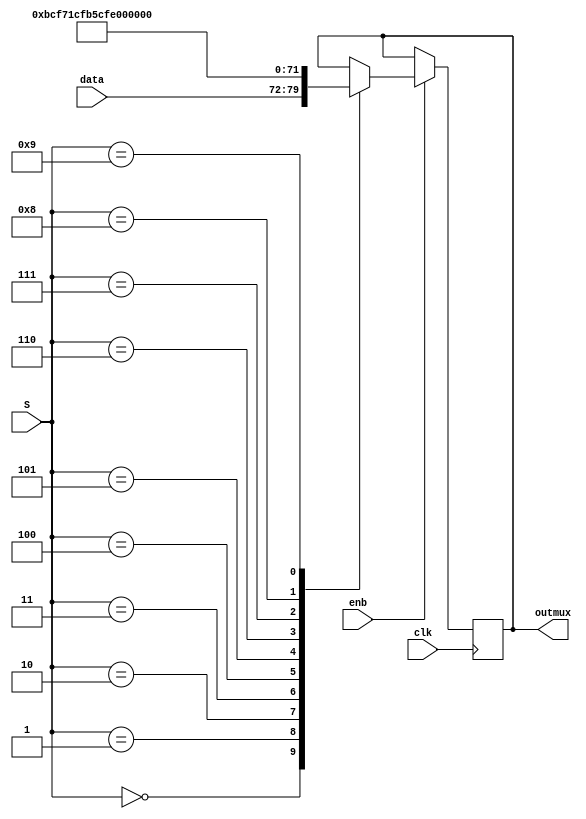
module MuxCtrl(

input clk,
input [7:0] data,
input enb,
input [3:0] S,
output [7:0] outmux

);

reg outmux;

parameter COM = 8'hBC,PAD = 8'hF7,SKP = 8'h1C,STP = 8'hFB, SDP = 8'h5C ;
parameter END = 8'hFD,EDB = 8'hFE,FTS = 8'h3C,IDL = 8'h7C;

always @ (posedge clk)
  begin
    if (enb) begin
      case(S)
        4'b0000 : outmux = data;

        4'b0001 : outmux = COM;

        4'b0010 : outmux = PAD;

        4'b0011 : outmux = SKP;

        4'b0100 : outmux = STP;

        4'b0101 : outmux = SDP;

        4'b0110 : outmux = END;

        4'b0111 : outmux = EDB;

        4'b1000 : outmux = FTS;

        4'b1001 : outmux = IDL;
      endcase
    end
  end
  endmodule